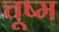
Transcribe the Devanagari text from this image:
चूष्म